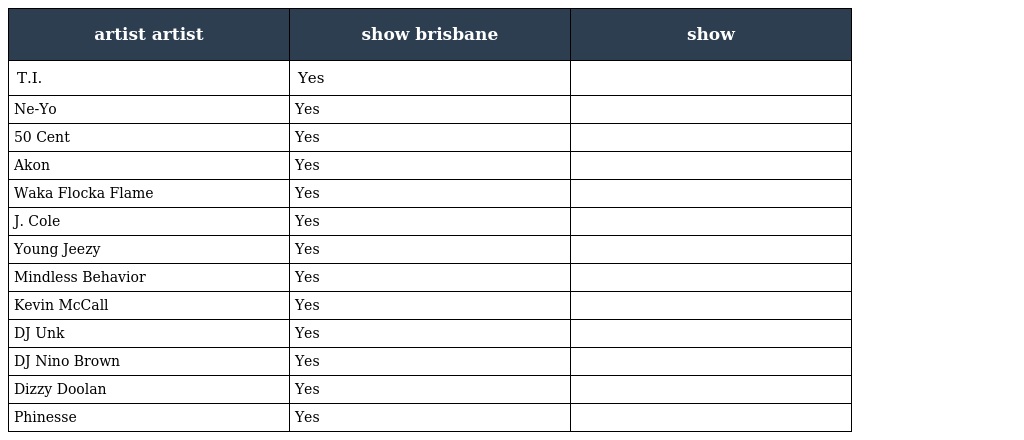
| artist artist | show brisbane | show |
 | --- | --- | --- |
 | T.I. | Yes |  |
 | Ne-Yo | Yes |  |
 | 50 Cent | Yes |  |
 | Akon | Yes |  |
 | Waka Flocka Flame | Yes |  |
 | J. Cole | Yes |  |
 | Young Jeezy | Yes |  |
 | Mindless Behavior | Yes |  |
 | Kevin McCall | Yes |  |
 | DJ Unk | Yes |  |
 | DJ Nino Brown | Yes |  |
 | Dizzy Doolan | Yes |  |
 | Phinesse | Yes |  |